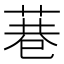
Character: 𮏮